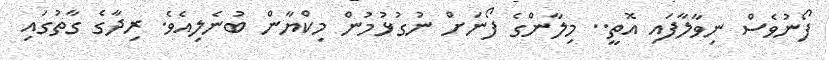
ފޯނުވެސް ނިވާލާފައި އޮތީ.. މިލާންގެ ފޯނަށް ނުގުޅުމުން މިކްޔާން ބުނެލިއެވެ. ރިދާގެ ގާތުގައި